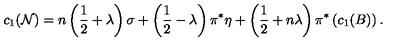
c _ { 1 } ( { \cal N } ) = n \left( { \frac { 1 } { 2 } } + \lambda \right) \sigma + \left( { \frac { 1 } { 2 } } - \lambda \right) \pi ^ { * } \eta + \left( { \frac { 1 } { 2 } } + n \lambda \right) \pi ^ { * } \left( c _ { 1 } ( B ) \right) .